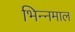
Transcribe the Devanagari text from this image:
भिन्‍नमाल